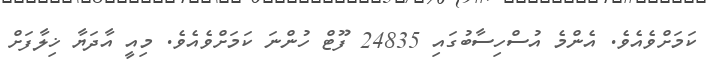
ކަމަށްވެއެވެ. އެންމެ އުސްހިސާބުގައި 24835 ފޫޓް ހުންނަ ކަމަށްވެއެވެ. މިއީ އާދަޔާ ޚިލާފަށް